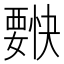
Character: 𰴌